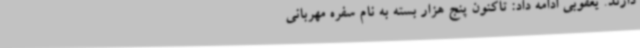
دارند. یعقوبی ادامه داد: تاکنون پنج هزار بسته به نام سفره مهربانی